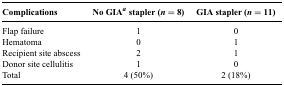
| Complications | No GIAa stapler (n = 8) | GIA stapler (n = 11) |
 | --- | --- | --- |
 | Flap failure | 1 | 0 |
 | Hematoma | 0 | 1 |
 | Recipient site abscess | 2 | 1 |
 | Donor site cellulitis | 1 | 0 |
 | Total | 4 (50%) | 2 (18%) |